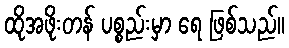
ထိုအဖိုးတန် ပစ္စည်းမှာ ရေ ဖြစ်သည်။